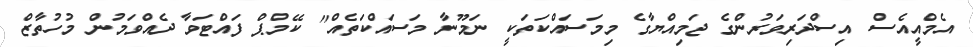
އެމްއީއެސް އިސްދަރިވަރުންގެ ޖަމިއްޔާގެ މިމަސައްކަތަކީ ނަމޫނާ މަސައްކަތެއް" ކޭމްޕް ފައްޓަވާ ދެއްވަމުން މުހުތާޒް